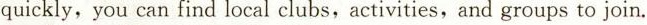
quickly, you can find local clubs, activities, and groups to join.